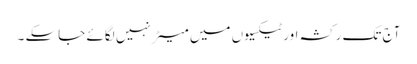
آج تک رکشہ اور ٹیکسیوں میں میٹر نہیں لگائے جاسکے ۔